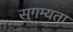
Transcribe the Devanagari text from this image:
सुगम्यता